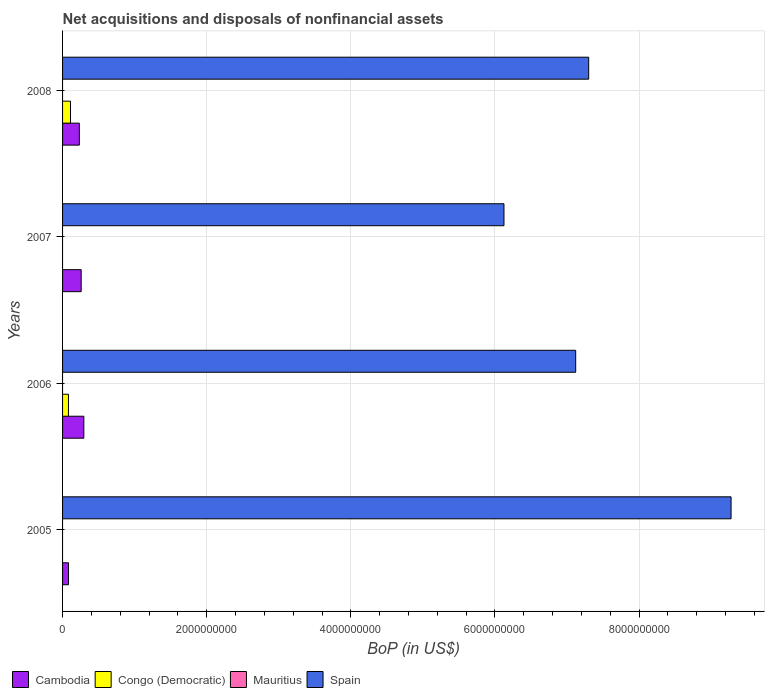
| Years | Cambodia | Congo (Democratic) | Mauritius | Spain |
 | --- | --- | --- | --- | --- |
 | 2005 | 8.26e+07 | -9.28e+07 | -1.76e+06 | 9.28e+09 |
 | 2006 | 2.95e+08 | 8.17e+07 | -2.66e+06 | 7.12e+09 |
 | 2007 | 2.58e+08 | -1.6e+06 | -1.63e+06 | 6.12e+09 |
 | 2008 | 2.33e+08 | 1.1e+08 | -1.4e+06 | 7.3e+09 |